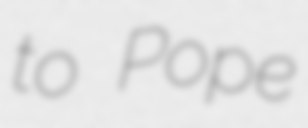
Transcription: to Pope